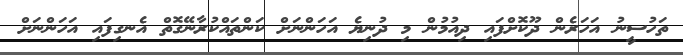
ތަހުސީނު އަހަރެން ދޫކޮށްފައި ދިއުމުން މި ދުނިޔެ އަހަންނަށް ކަންތައްކުރާނޭގޮތް އެނގިފައި އަހަންނަށް